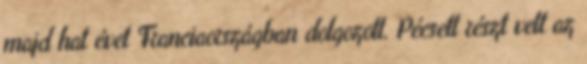
majd hat évet Franciaországban dolgozott. Pécsett részt vett az